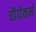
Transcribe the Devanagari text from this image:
चौर्यकर्म